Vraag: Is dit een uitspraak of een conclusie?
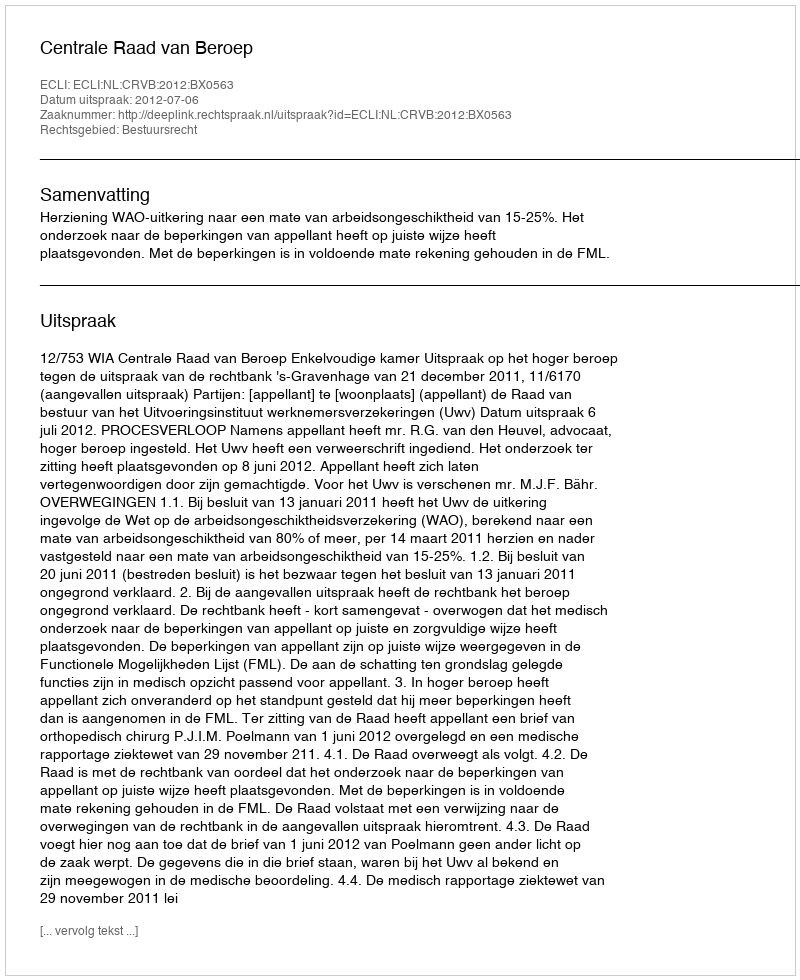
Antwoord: Uitspraak